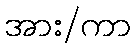
အား/ကာ